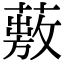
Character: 𦽠